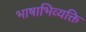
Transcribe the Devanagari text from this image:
भाषाभिव्यक्ति